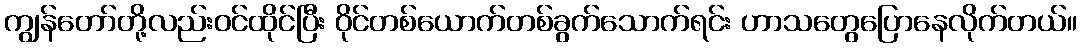
ကျွန်တော်တို့လည်းဝင်ထိုင်ပြီး ဝိုင်တစ်ယောက်တစ်ခွက်သောက်ရင်း ဟာသတွေပြောနေလိုက်တယ်။